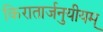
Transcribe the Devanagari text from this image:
किरातार्जनुयीयम्‌